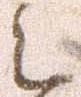
之